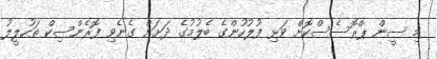
މި ސީން ޕްރޮސެސްކޮށް ވަޅި ފުލުހުންގެ ބެލުމުގެ ދަށަށް ގެނެވި ފޮރެންސިކް ތަހުލީލު